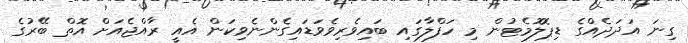
ގިނަ އަދަދެއްގެ ޑިޕޮލޮމެޓުން މި ހަފްލާގައި ބައިވެރިވެވަޑައިގެންނެވިކަން އެއީ ރާއްޖެއަށް އޮތް ބޭރުގެ